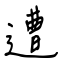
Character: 遭